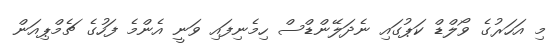
މި އަހަރުގެ ވޯލްޑް ކަޕުގައި ނެދަލޭންޑްސް ހިމެނިފައި ވަނީ އެންމެ ފަހުގެ ޗެމްޕިއަން